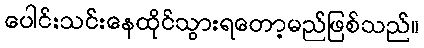
ပေါင်းသင်းနေထိုင်သွားရတော့မည်ဖြစ်သည်။